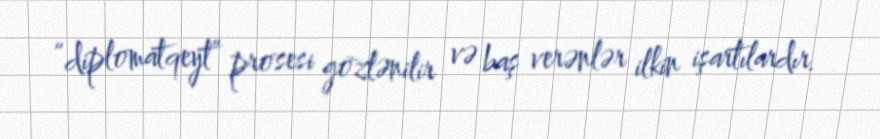
“diplomatqeyt” prosesi gözlənilir və baş verənlər ilkin işartılardır.